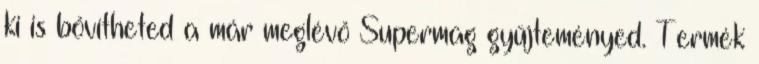
ki is bővítheted a már meglévő Supermag gyűjteményed. Termék